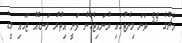
މެޗުގެ 59 ވަނަ މިނެޓުގައި ޔުނައިޓެޑުން ވަނީ އިތުރު ލަނޑެއް ޖަހައި ލީޑު